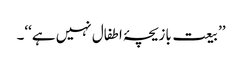
’’بیعت بازیچۂ اطفال نہیں ہے‘‘۔